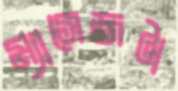
ম্যাসেজটা